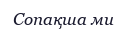
Сопақша ми